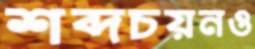
শব্দচয়নও